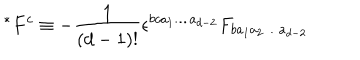
LaTeX: ~ ^ { * } F ^ { c } \equiv - \frac { 1 } { ( d - 1 ) ! } \epsilon ^ { b c a _ { 1 } \ldots a _ { d - 2 } } F _ { b a _ { 1 } a _ { 2 } \ldots a _ { d - 2 } } \nonumber